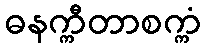
ဓနက္ကီတာစက္ကံ